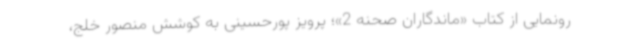
رونمایی از کتاب «ماندگاران صحنه 2»؛ پرویز پورحسینی به کوشش منصور خلج،